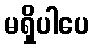
မရှိပါပေ